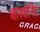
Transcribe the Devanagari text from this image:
शास्त्रोमिद